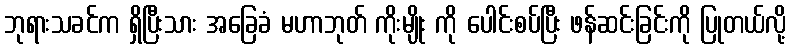
ဘုရားသခင်က ရှိပြီးသား အခြေခံ မဟာဘုတ် ကိုးမျိုး ကို ပေါင်းစပ်ပြီး ဖန်ဆင်းခြင်းကို ပြုတယ်လို့